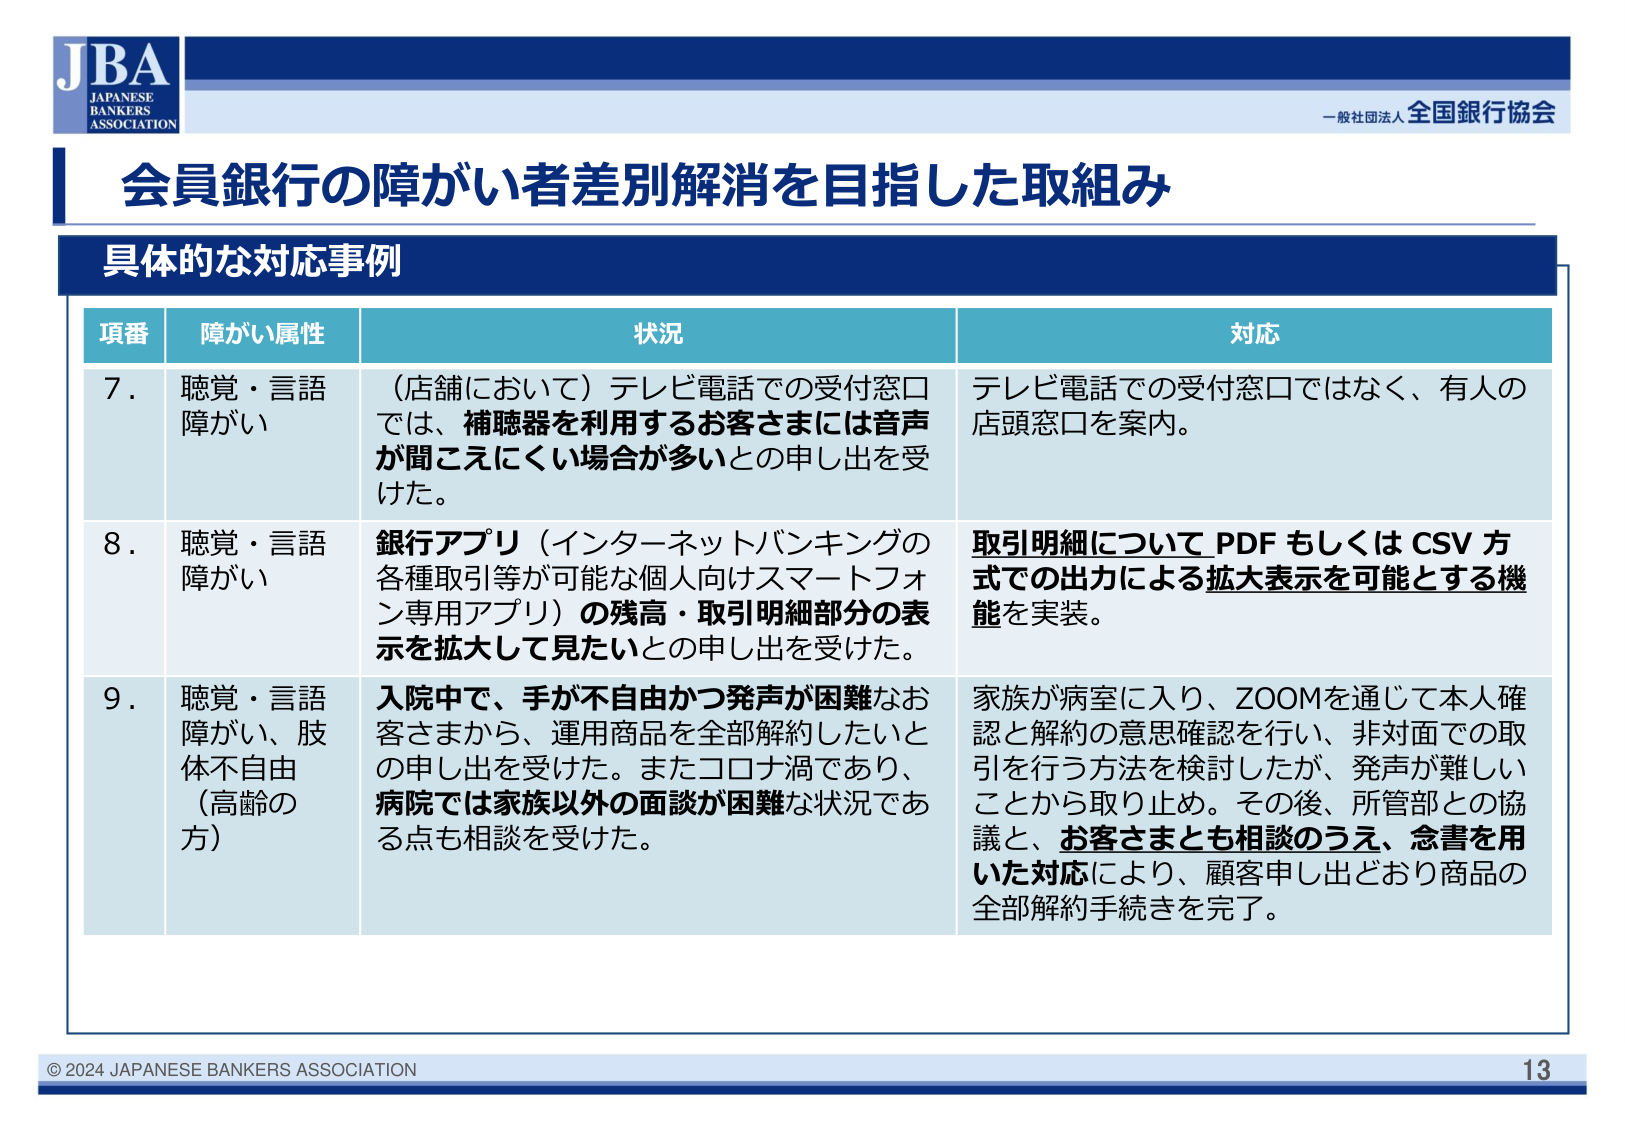
JBA
JAPANESE
BANKERS
ASSOCIATION

一般社団法人 全国銀行協会

会員銀行の障がい者差別解消を目指した取組み

具体的な対応事例

項番　障がい属性　状況　対応

7. 聴覚・言語
障がい
（店舗において）テレビ電話での受付窓口
では、補聴器を利用するお客さまには音声
が聞こえにくい場合が多いとの申し出を受
けた。
テレビ電話での受付窓口ではなく、有人の
店頭窓口を案内。

8. 聴覚・言語
障がい
銀行アプリ（インターネットバンキングの
各種取引等が可能な個人向けスマートフォ
ン専用アプリ）の残高・取引明細部分の表
示を拡大して見たいとの申し出を受けた。
取引明細について PDF もしくは CSV 方
式での出力による拡大表示を可能とする機
能を実装。

9. 聴覚・言語
障がい、肢体
不自由
（高齢の方）
入院中で、手が不自由かつ発声が困難なお
客さまから、運用商品を全部解約したいと
の申し出を受けた。またコロナ渦であり、
病院では家族以外の面談が困難な状況であ
る点も相談を受けた。
家族が病室に入り、ZOOMを通じて本人確
認と解約の意思確認を行い、非対面での取
引を行う方法を検討したが、発声が難しい
ことから取り止め。その後、所管部との協
議と、お客さまとも相談のうえ、急書を用
いた対応により、顧客申し出どおり商品の
全部解約手続きを完了。

© 2024 JAPANESE BANKERS ASSOCIATION
13